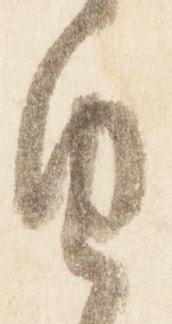
由